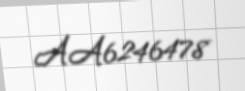
AA6246478